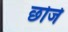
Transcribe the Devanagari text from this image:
छोजे